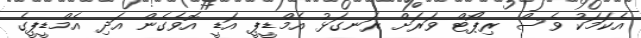
އެކަމަކު ވެސް ރިޕޯޓް ވަރަށް ރަނގަޅު އެމްޑީޕީ އަޑީ އޮވެގެން އަދި އެމްޑީޕީގެ